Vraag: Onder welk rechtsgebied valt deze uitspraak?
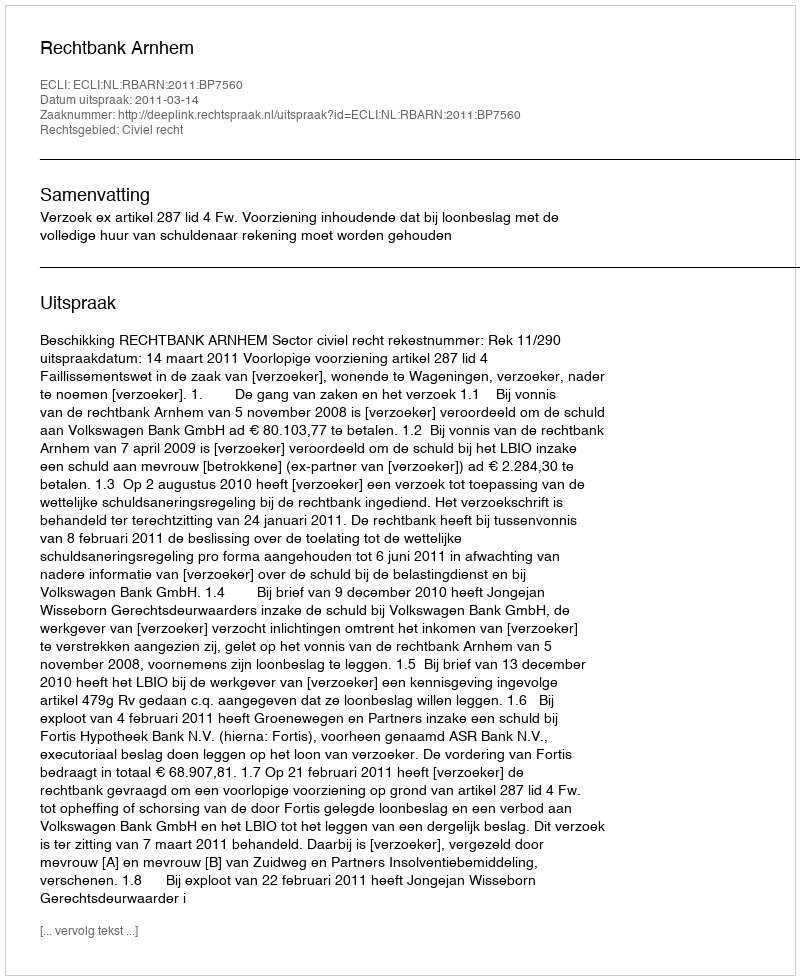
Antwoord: Civiel recht